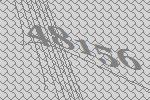
48156